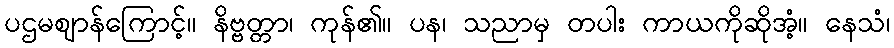
ပဌမဈာန်ကြောင့်။ နိဗ္ဗတ္တာ၊ ကုန်၏။ ပန၊ သညာမှ တပါး ကာယကိုဆိုအံ့။ နေသံ၊